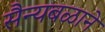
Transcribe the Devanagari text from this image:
सैन्यबळाने